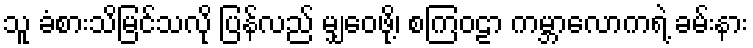
သူ ခံစားသိမြင်သလို ပြန်လည် မျှဝေဖို့၊ စကြဝဠာ ကမ္ဘာလောကရဲ့ ခမ်းနား